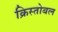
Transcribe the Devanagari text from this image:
क्रिस्तोबल